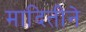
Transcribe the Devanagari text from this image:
मादितीने